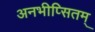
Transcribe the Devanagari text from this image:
अनभीप्सितम्